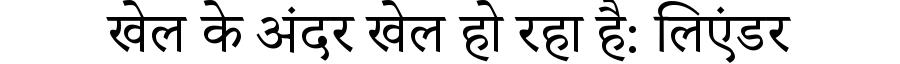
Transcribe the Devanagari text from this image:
खेल के अंदर खेल हो रहा है: लिएंडर